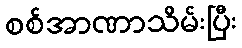
စစ်အာဏာသိမ်းပြီး